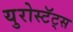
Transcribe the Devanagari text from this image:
युरोस्टॅट्स